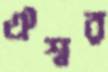
ঐশ্বর